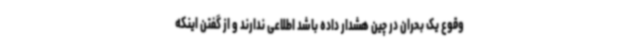
وقوع یک بحران در چین هشدار داده باشد اطلاعی ندارند و از گفتن اینکه